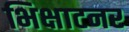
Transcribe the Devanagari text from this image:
भिक्षाटनर